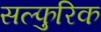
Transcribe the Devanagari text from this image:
सल्फुरिक